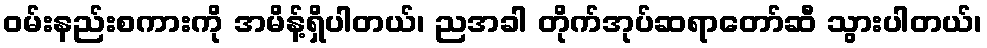
ဝမ်းနည်းစကားကို အမိန့်ရှိပါတယ်၊ ညအခါ တိုက်အုပ်ဆရာတော်ဆီ သွားပါတယ်၊